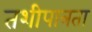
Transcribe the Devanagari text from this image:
तशीपात्रता